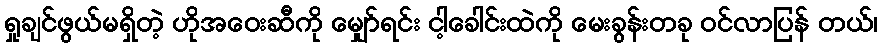
ရှုချင်ဖွယ်မရှိတဲ့ ဟိုအဝေးဆီကို မျှော်ရင်း ငါ့ခေါင်းထဲကို မေးခွန်းတခု ဝင်လာပြန် တယ်၊